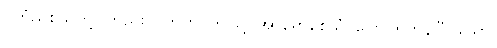
(ကြံညှစ်သူတို့ပါတည်း။) ဣတိ၊ ဤသို့။ အာရောစေသုံ၊ ပြောကြကုန်ပြီ။ သော၊